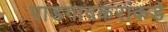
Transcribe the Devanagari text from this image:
पाडगावकरांकडे